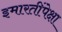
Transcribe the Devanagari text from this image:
इमारतींपेक्षा